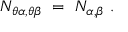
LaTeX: N _ { \theta \alpha , \theta \beta } ~ = ~ N _ { \alpha , \beta } ~ .